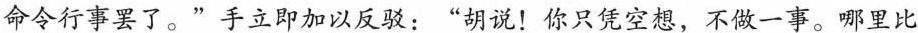
命令行事罢了。”手立即加以反驳：”胡说！你只凭空想，不做一事。哪里比